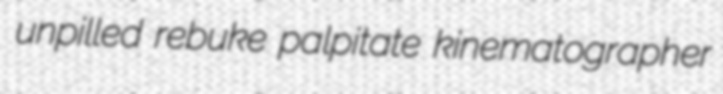
unpilled rebuke palpitate kinematographer